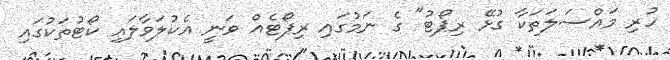
ހުރި މައްސަލަތަކާ ގުޅޭ ރިޕޯޓު" ގެ ނަމުގައި ރިޕޯޓެއް ވަނީ އެކުލަވާލައި ކޯޓުތަކުގައި